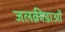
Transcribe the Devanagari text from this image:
जलक्रीडाओं